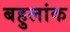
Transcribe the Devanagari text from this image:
बहुलांक